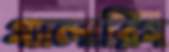
গ্যালারিগ